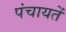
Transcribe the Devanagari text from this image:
पंचायतेँ